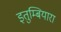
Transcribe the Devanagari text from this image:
इतुम्बियारा